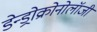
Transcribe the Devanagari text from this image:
डेन्ड्रोक्रोनोलॉजी